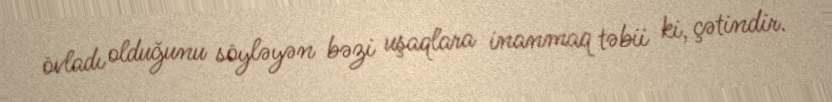
övladı olduğunu söyləyən bəzi uşaqlara inanmaq təbii ki, çətindir.